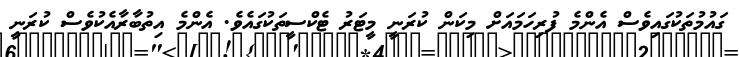
ގައުމުތަކުގައިވެސް އެންމެ ފުރިހަމައަށް މިކަން ކުރަނީ މީޓަރު ޓެކްސީތަކުގައެވެ. އެންމެ އިތުބާރާއެކުވެސް ކުރަނީ